Bombay plague: being a history of the progress of plague in the Bombay presidency from September 1896 to June 1899
Year: 1896
Disease focus: Plague
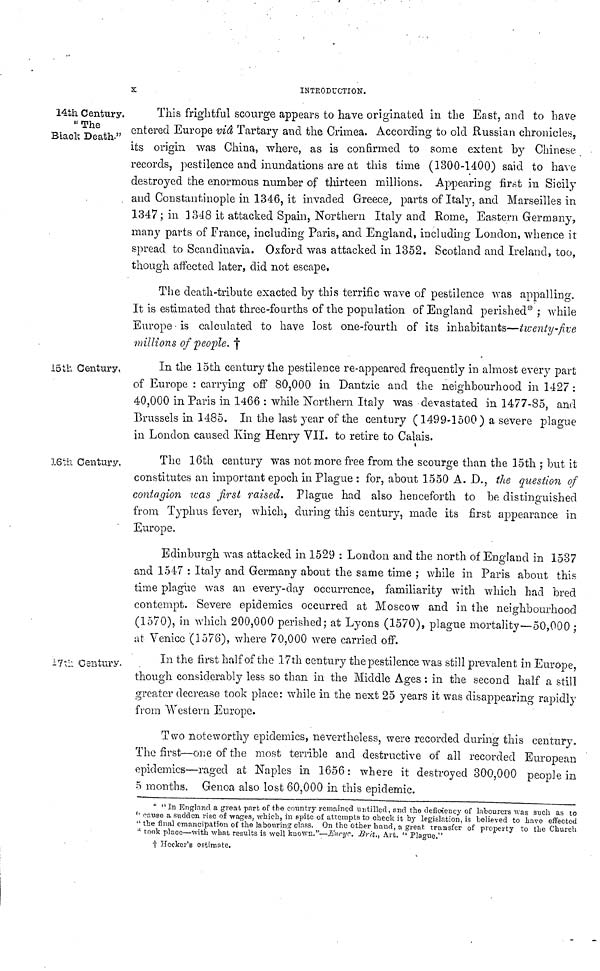
14th Century.
"The
Black Death·"
INTRODUCTION.
This frightful scourge appears to have originated in the East, and to bave
entered Europe vid Tartary and the Crimea. According to old Russian chronicles,
its origin was China, where, as is confirmed to some extent by Chinese
records, pestilence and inundations are at this time (1300-1400) said to have
destroyed the enormous number of thirteen millions. Appearing first in Sicily
and Constantinople in 1346, it invaded Greece, parts of Itaty, and Marseilles in
1347; in 1348 it attacked Spain, Northern Italy and Rome, Eastern Germany,
many parts of France, including Paris, and England, including London, whence it
spread to Scandinavia. Oxford was attacked in 1352. Scotland and Ireland, too,
though affected later, did not escape,
The death-tribute exacted by this terrific wave of pestilence was appalling.
It is estimated that three-fourths of the population of England perished* ; while
Europe · is calculated to have lost one-fourth of its inhabitants—twenty-five
millions of people. †
15th Century.
In the 15th century the pestilence re-appeared frequently in almost every part
of Europe : carrying off 80,000 in Dantzic and the neighbourhood in 1427 :
40,000 in Paris in 1466 : while Northern Italy was devastated in 1477-85, and
Brussels in 1485. In the last year of the century (1499-1500) a severe plague
in London caused lung Henry VII. to retire to Calais.
J.6th Century,
The 16th century was not more free from the scourge than the 15th ; but it
constitutes an important epoch in Plague : for, about 1550 A. D., the question of
contagion was first raised. Plague had also henceforth to be distinguished
from Typhus fever, which, during this century, made its first appearance in
Europe.
Edinburgh was attacked in 1529 : London and the north of England in 1537
and 1547 : Italy and Germany about the same time ; while in Paris about this
time plague was an every-day occurrence, familiarity with which had bred
contempt. Severe epidemics occurred at Moscow and in the neighbourhood
(1570), in which 200,000 perished; at Lyons (1570), plague mortality—50,000 ;
at Venice (1576), where 70,000 were carried off.
17th Century.
In the first half of the 17th century the pestilence was still prevalent in Europe,
though considerably less so than in the Middle Ages : in the second half a still
greater decrease took place: while in the next 25 years it was disappearing rapidly
from Western Europe.
Two noteworthy epidemics, nevertheless, were recorded during this century.
The first—one of the most terrible and destructive of all recorded European
epidemics—raged at Naples in 1656: where it destroyed 300,000 people in
5 months. Genoa also lost 60,000 in this epidemic.
* " In England a great, part of the country remained untilled, and the deficiency of labourers was such as to
'' cause a sudden rise of wages, which, in spite of attempts to check it by legislation, is believed to have effected
" the final emancipation of the labouring class. On the other hand, a great transfer of property to the Church
" took place—with what results is well known."—Encyc. Brit., Art. "Plague."
† Heckcr's estimate.